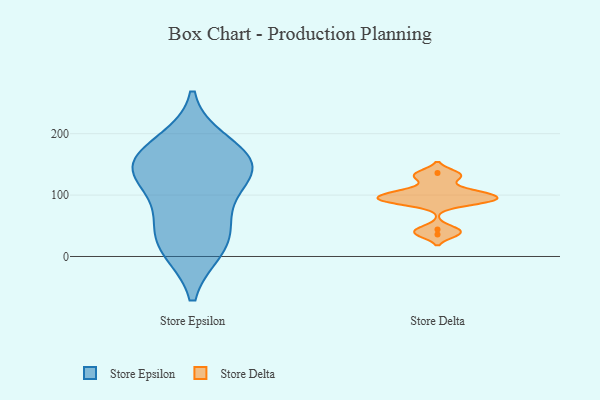
{"axis": {"x": "Demand Index", "y": "Value"}, "legend": ["Store Delta", "Store Epsilon"], "data": [{"x": "", "y": 134, "type": "Store Epsilon"}, {"x": "", "y": 15, "type": "Store Epsilon"}, {"x": "", "y": 151, "type": "Store Epsilon"}, {"x": "", "y": 137, "type": "Store Epsilon"}, {"x": "", "y": 164, "type": "Store Epsilon"}, {"x": "", "y": 45, "type": "Store Epsilon"}, {"x": "", "y": 13, "type": "Store Epsilon"}, {"x": "", "y": 73, "type": "Store Epsilon"}, {"x": "", "y": 184, "type": "Store Epsilon"}, {"x": "", "y": 138, "type": "Store Epsilon"}, {"x": "", "y": 90, "type": "Store Delta"}, {"x": "", "y": 96, "type": "Store Delta"}, {"x": "", "y": 107, "type": "Store Delta"}, {"x": "", "y": 89, "type": "Store Delta"}, {"x": "", "y": 94, "type": "Store Delta"}, {"x": "", "y": 104, "type": "Store Delta"}, {"x": "", "y": 128, "type": "Store Delta"}, {"x": "", "y": 136, "type": "Store Delta"}, {"x": "", "y": 44, "type": "Store Delta"}, {"x": "", "y": 36, "type": "Store Delta"}]}